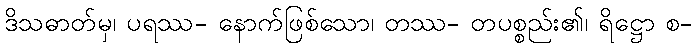
ဒိသဓာတ်မှ၊ ပရဿ- နောက်ဖြစ်သော၊ တဿ- တပစ္စည်း၏၊ ရိဋ္ဌော စ-